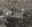
أسوار